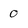
Character: 0